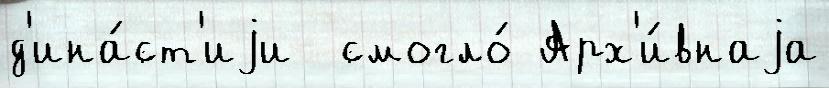
д'ина́ст'иjи  смогло́ Арх'и́внаjа